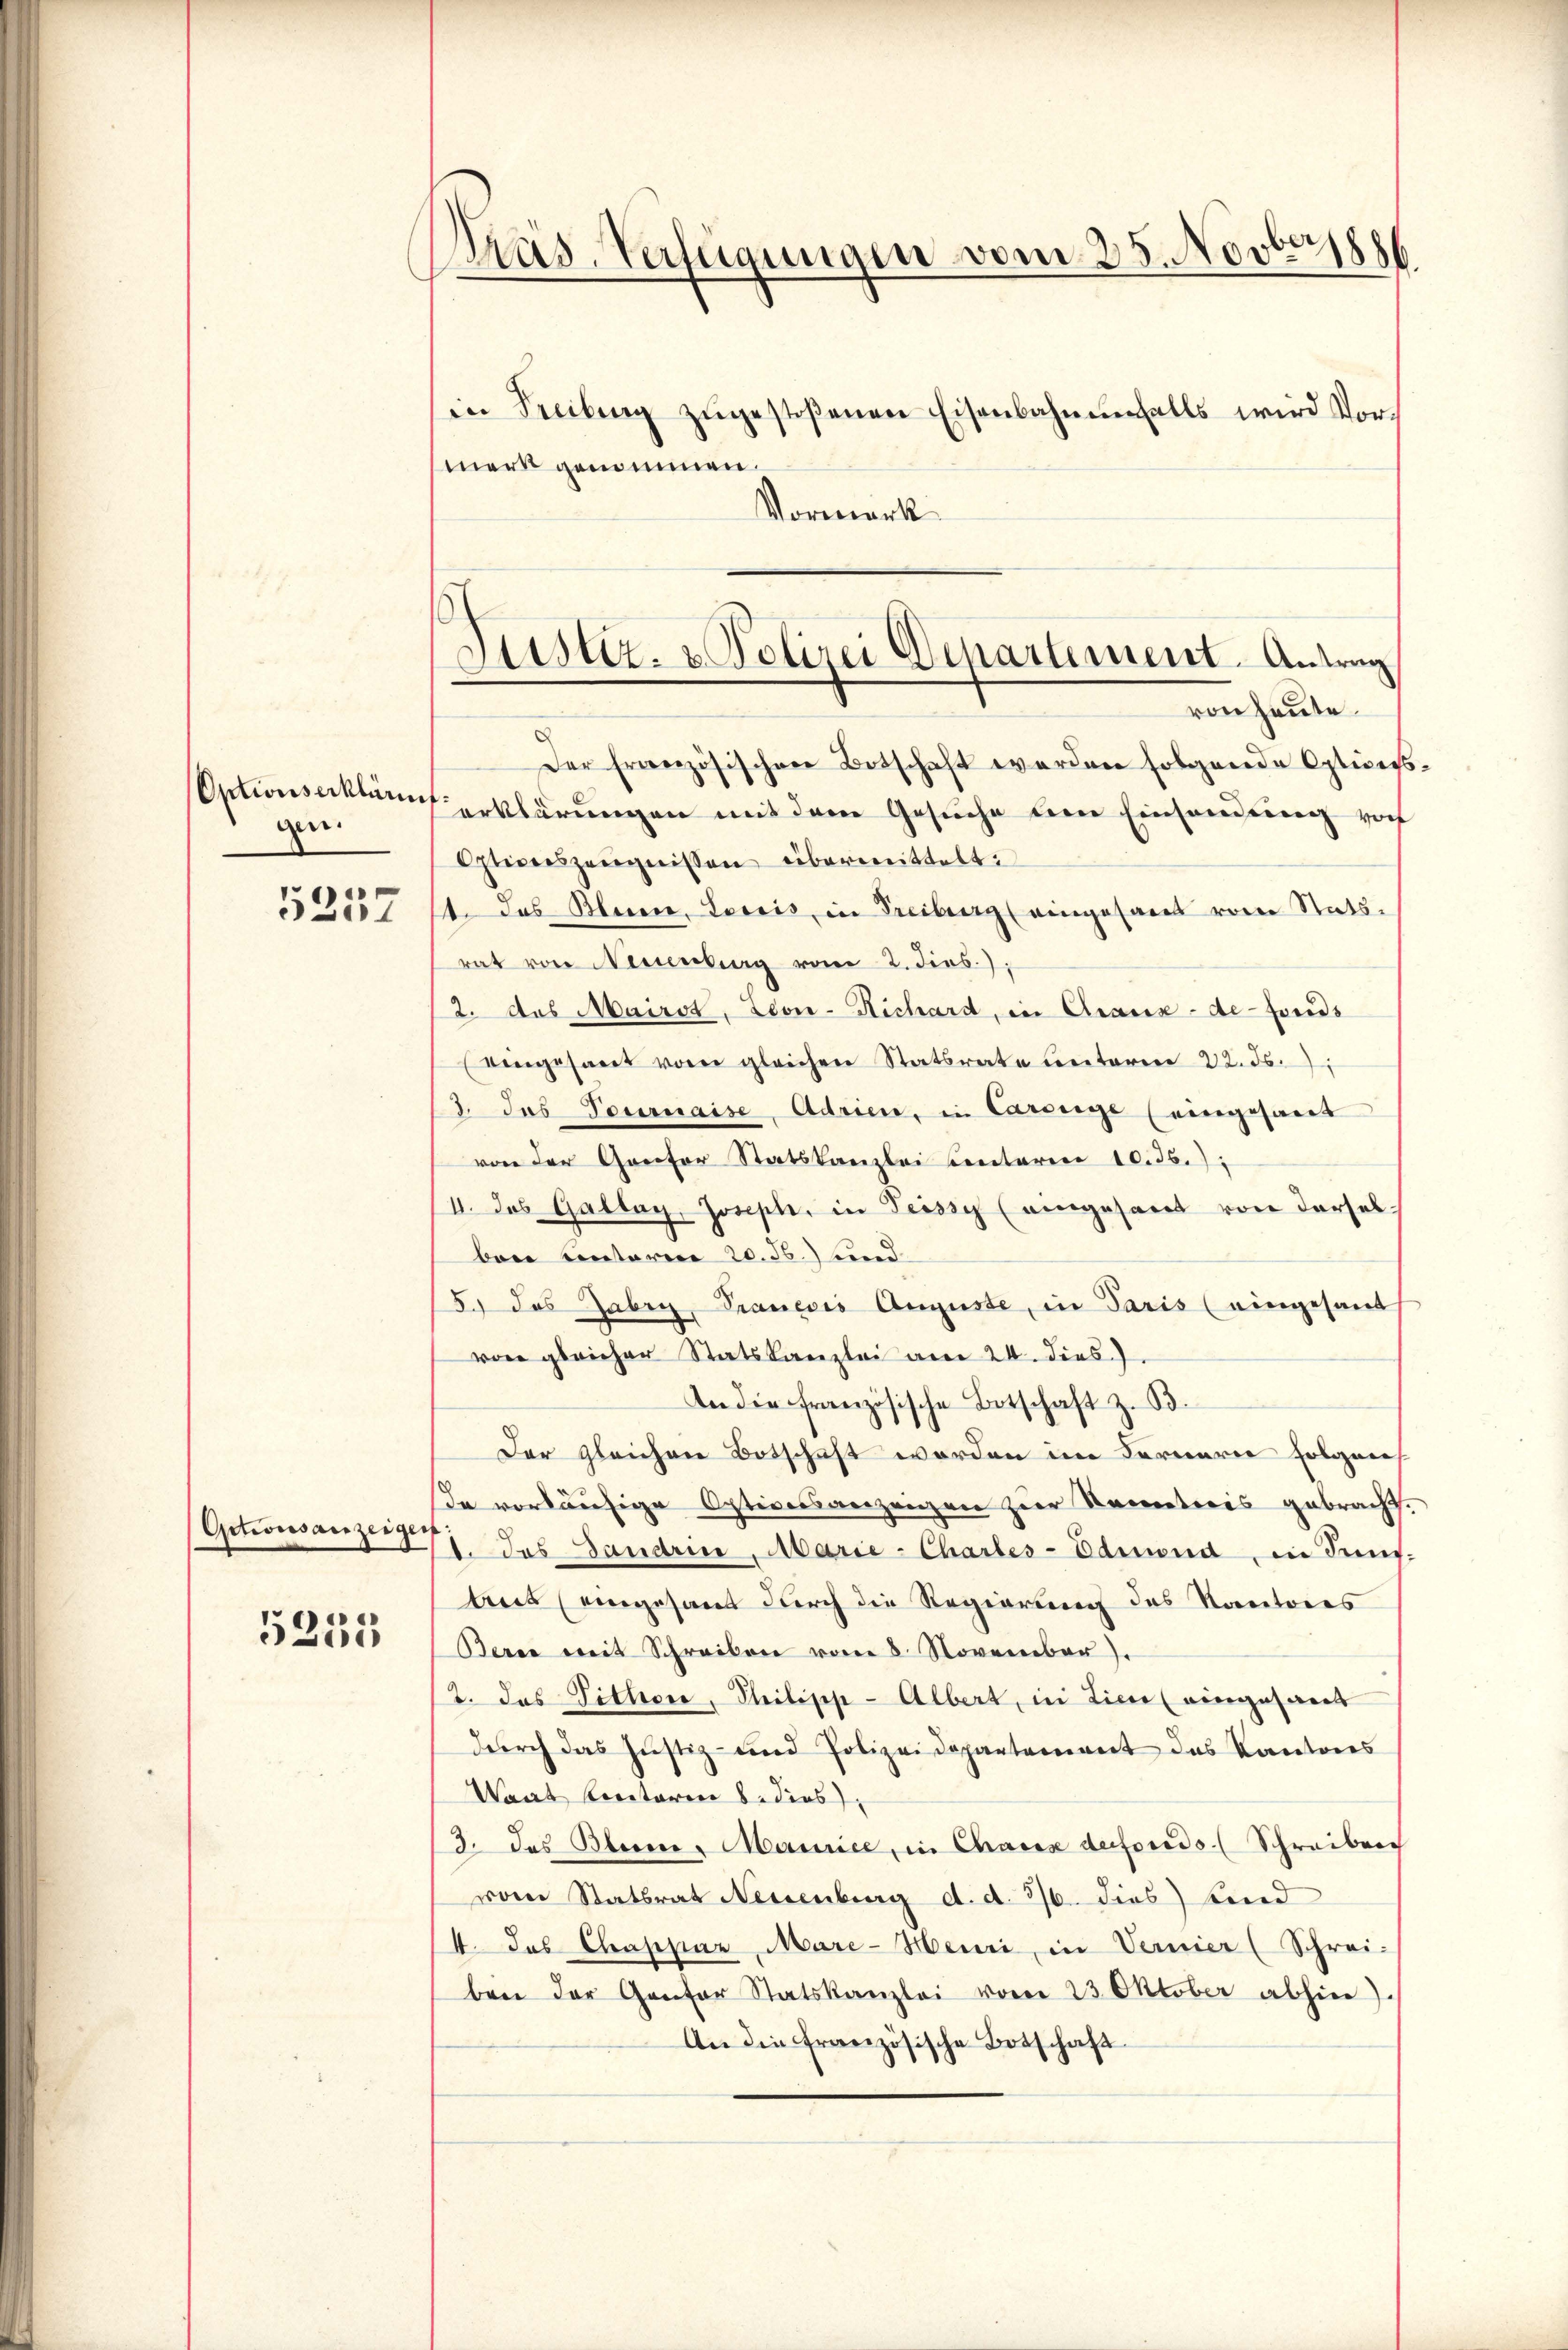
Optionserklärung
gen.
e

5201

Octionsanzeigen

5255

Pras. Verfügungen vom 25. Novberz

in Freiburg zŭgestoßenen Eisenbahnenfalls wird Vormerk genommen.
Vormerk

Der französischen Botschaft werden folgende Opticisserklärungen mit dem Gesuche den Einsendung von
Otionszeŭgnissen übermittelt:
1 das Bern, Lociis, in Freiburg (eingesandt vom Rats-
rat von Neuenburg vom 2. dies.),
2. Das Mairst, Leon-Richard, in Araux-de-Fonds
eingesant vom gleichen Statsrate unterm 22. ds.
2 das Tournaise, Adrien, in Carige (eingesand
von der Grector Statskanzlei Centaren 10.36.);
II. Das Gallay, Joseph, in Teisse (eingesant von derselbare Einteren 20. Fr.) und
5.) Das abry, Pranevis Auguste, in Paris (eingesand
von gleicher Statskanzlei am 24. dies
An die französische Botschaft z. B.
Der gleichen Botschaft worden im Fernere Folgers
de vorläufige Optiversanzeigen zur Kenntnis gebracht.
1. das Landrie, Marie-Chartes-Edmond, in Fünf-
Aus eingesamt durch die Regierung des Kantones
Beren mit Schreiben vom 8. November).
2. das Tithere, Philipp-Albert, in Ziel eingesand
durch das Justiz und Polizeidepartement des Kantons
Waat Loretaren 8. dies
3. das Blerie - Maurice, in Chaux defonds. (Schreiben
vom Statsrat Neuenburg d. d. 316. dies beid
4. das Chaspar Mare-Heuri, in Vernier (Schrei-
ben der Genfer Statskanzlei vom 23. Oktober abhier
An die Französische Botschaft

Justiz- & Polizei Departement. Antrag
von heute.